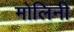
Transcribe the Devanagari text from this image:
मोलिनी